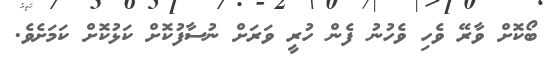
ބޯކޮށް ވާރޭ ވެހި ވެހުނު ފެން ހުރީ ވަރަށް ނުސާފުކޮށް ކަޅުކޮށް ކަމަށެވެ.